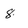
Character: 8